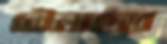
বৌলাছড়া